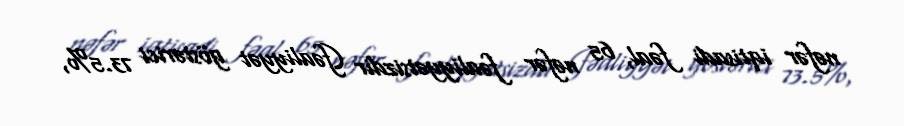
nəfər iqtisadi fəal, 65 nəfər fəaliyyətsizdir (fəaliyyət göstərici 73.5%,